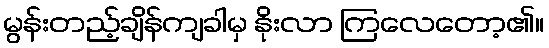
မွန်းတည့်ချိန်ကျခါမှ နိုးလာ ကြလေတော့၏။